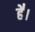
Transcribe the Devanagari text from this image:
हे॑।